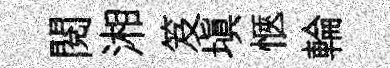
閱湘笈塡愜輪